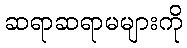
ဆရာဆရာမများကို